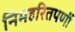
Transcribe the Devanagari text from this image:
निमहरितपर्णी